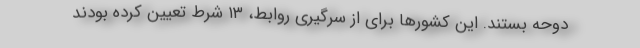
دوحه بستند. این کشورها برای از سرگیری روابط، ۱۳ شرط تعیین کرده‌ بودند